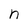
Character: n